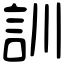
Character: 訓